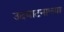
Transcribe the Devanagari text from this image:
उदघाटनाच्या